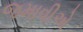
જમાવીએ